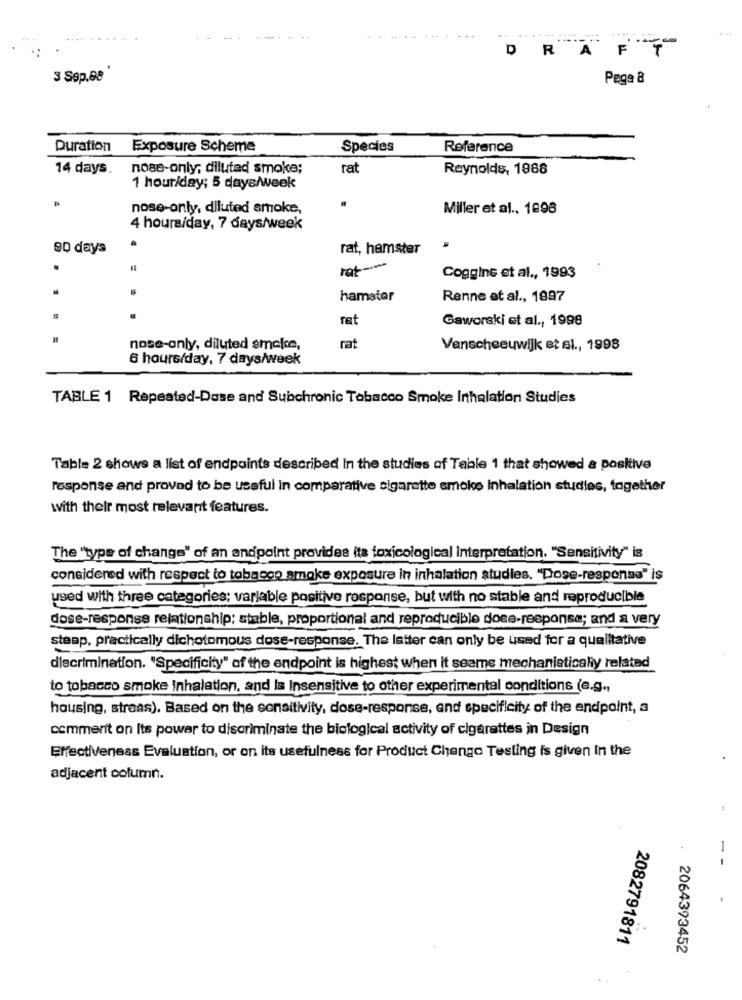
-
DRA
F
3 Sep.88
Pege 8
Duration Exposure Scheme
Species
Reference
14 days.
nose-only; diluted smoke;
rat
Reynolds, 1988
1 hour/day; 5 days/week
nose-only, diluted smoke,
Miller et al ., 1898
4 hours/day, 7 days/week
90 days
rat, hamster
ret --
Coggins et al ., 1993
hamster
Renne at al ., 1997
.
rat
Gaworski et al ., 1998
nose-only, diluted smake,
rat
Vanscheeuwijk et al ., 1998
6 hours/day, 7 days/week
TABLE 1 Repeated-Dose and Subchronic Tobacco Smoke Inhalation Studies
Table 2 shows a list of endpoints described In the studies of Table 1 that showed a positive
response and proved to be useful in comparative cigarette smoke Inhalation studies, together
with their most relevant features.
The "type of change" of an andpoint provides its toxicological Interpretation. "Sensitivity" is
considered with respect to tobacco smoke exposure in inhalation studies. "Dose-responsa" is
used with three categories; variable positive response, but with no stable and reproducible
dose-response relationship; stable, proportional and reproducible dose-responsa; and a very
steap, practically dichotomous dose-response. The latter can only be used for a qualitative
discrimination. "Specificity" of the endpoint is highest when it seems mechanisticaliy related
to tobacco smoke Inhalation, and Is Insensitive to other experimental conditions (e.g .,
housing, straas). Based on the sensitivity, dose-response, and specificity of the endpoint, a
comment on Its power to discriminate the biological activity of cigarettes in Design
Effectiveness Evaluation, or on its usefulness for Product Chango Testing is given In the
adjacent column.
--
2082791811
2064393452
..